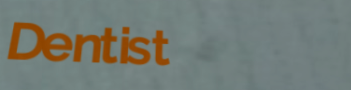
Dentist